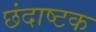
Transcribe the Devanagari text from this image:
छंदाष्टक